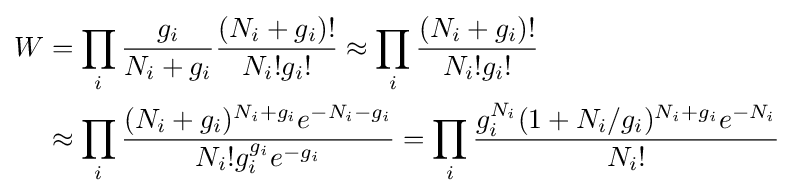
{\begin{aligned}W&=\prod _{i}{\frac {g_{i}}{N_{i}+g_{i}}}{\frac {(N_{i}+g_{i})!}{N_{i}!g_{i}!}}\approx \prod _{i}{\frac {(N_{i}+g_{i})!}{N_{i}!g_{i}!}}\\&\approx \prod _{i}{\frac {(N_{i}+g_{i})^{N_{i}+g_{i}}e^{-N_{i}-g_{i}}}{N_{i}!g_{i}^{g_{i}}e^{-g_{i}}}}=\prod _{i}{\frac {g_{i}^{N_{i}}(1+N_{i}/g_{i})^{N_{i}+g_{i}}e^{-N_{i}}}{N_{i}!}}\end{aligned}}